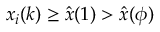
x _ { i } ( k ) \geq \hat { x } ( 1 ) > \hat { x } ( \phi )